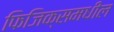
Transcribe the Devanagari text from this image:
फिजिक्समधील